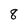
Character: 8